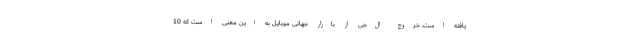
یافته است. خروج ال‌جی از بازار جهانی موبایل به این معنی است که 10